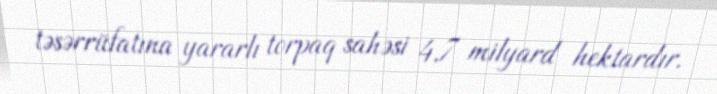
təsərrüfatına yararlı torpaq sahəsi 4,7 milyard hektardır.